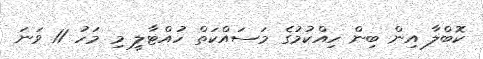
ކޮބްލާ އިން ބިން ހިއްކުމުގެ މަސައްކަތް ހުއްޓާލީ މި މަހު 11 ވަނަ